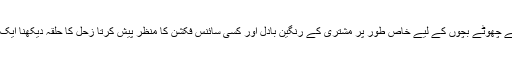
سیشن میں آنے والے چھوٹے بچوں کے لیے خاص طور پر مشتری کے رنگین بادل اور کسی سائنس فکشن کا منظر پیش کرتا زحل کا حلقہ دیکھنا ایک دلچسپ تجربہ تھا۔